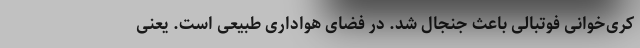
کُری‌خوانی فوتبالی باعث جنجال شد. در فضای هواداری طبیعی است. یعنی